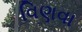
વિણવા